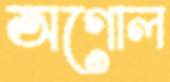
অগোল